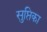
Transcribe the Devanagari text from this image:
सुप्तिका